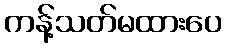
ကန့်သတ်မထားပေ